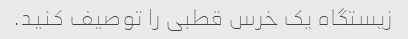
زیستگاه یک خرس قطبی را توصیف کنید.